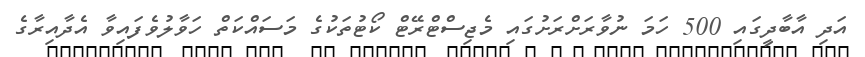
އަދި އާބާދީގައި 500 ހަމަ ނުވާރަށްރަށުގައި މެޖިސްޓްރޭޓް ކޯޓުތަކުގެ މަސައްކަތް ހަވާލުވެފައިވާ އެދާއިރާގެ